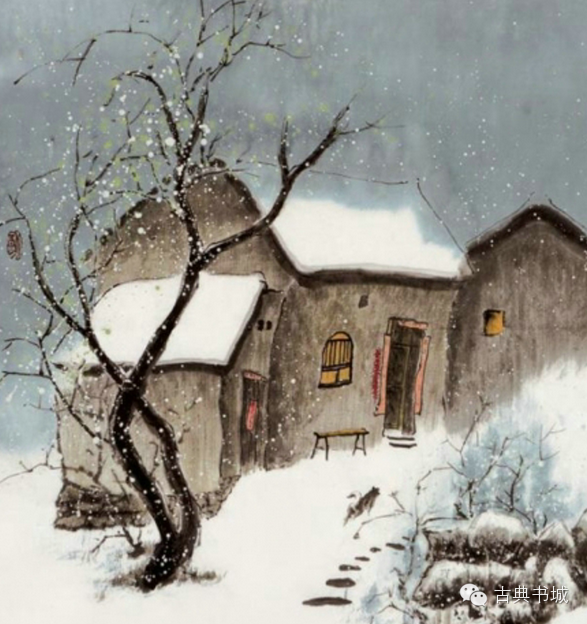
骋望因高云外尽，乡关回首愧烟萝。